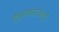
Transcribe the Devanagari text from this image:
ईएसआरआई